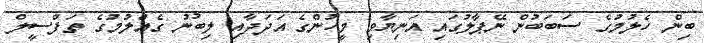
ބިން ހެލުމުގެ ސަބަބުން ނޭޕާލުގައި އަނިޔާވި މީހުންގެ އަދަދާއި ލިބުނު ގެއްލުމުގެ ތަފްސީލް